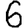
Digit: 6